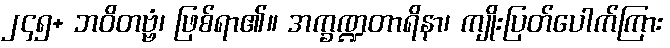
၂၄၅+ ဘဝိတဗ္ဗံ၊ ဖြစ်ရာ၏။ အက္ခဏ္ဍတာရိနာ၊ ကျိုးပြတ်ပေါက်ကြား